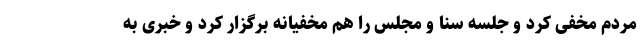
مردم مخفی کرد و جلسه سنا و مجلس را هم مخفیانه برگزار کرد و خبری به